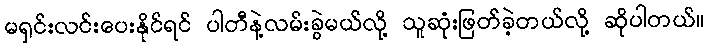
မရှင်းလင်းပေးနိုင်ရင် ပါတီနဲ့လမ်းခွဲမယ်လို့ သူဆုံးဖြတ်ခဲ့တယ်လို့ ဆိုပါတယ်။